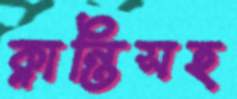
ক্লান্তিসহ